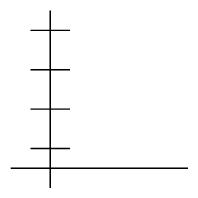
\unitlength .5cm\begin{picture}(6,5)\put(2,4.5){\line(0,-1){4.5}}\put(1.5,4){\line(1,0){1}}\put(1.5,3){\line(1,0){1}}\put(1.5,2){\line(1,0){1}}\put(1.5,1){\line(1,0){1}}\put(1,.5){\line(1,0){4.5}}\end{picture}